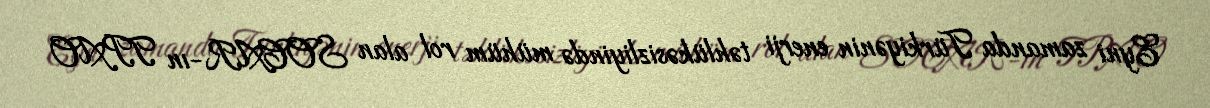
Eyni zamanda Türkiyənin enerji təhlükəsizliyində mühüm rol alan SOCAR-ın TPAO